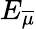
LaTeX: E_{\overline{{\mu}}}